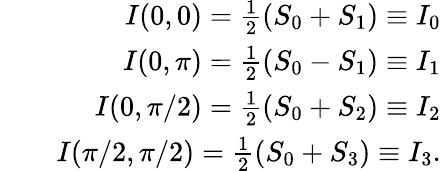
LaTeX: \begin{array}{rlr}&{}&{I(0,0)=\frac{1}{2}(S_{0}+S_{1})\equiv I_{0}}\\ &{}&{I(0,\pi)=\frac{1}{2}(S_{0}-S_{1})\equiv I_{1}}\\ &{}&{I(0,\pi/2)=\frac{1}{2}(S_{0}+S_{2})\equiv I_{2}}\\ &{}&{I(\pi/2,\pi/2)=\frac{1}{2}(S_{0}+S_{3})\equiv I_{3}.}\end{array}